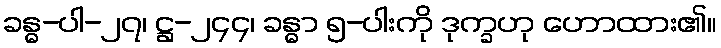
ခန္ဓ-ပါ-၂၇၊ ဋ္ဌ-၂၄၄၊ ခန္ဓာ ၅-ပါးကို ဒုက္ခဟု ဟောထား၏။